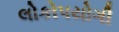
લોકોપયોગી